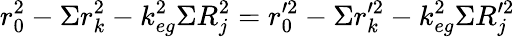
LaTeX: r_{0}^{2}-\Sigma r_{k}^{2}-k_{eg}^{2}\Sigma R_{j}^{2}=r_{0}^{\prime 2}-\Sigma r_{k}^{\prime 2}-k_{eg}^{2}\Sigma R_{j}^{\prime 2}